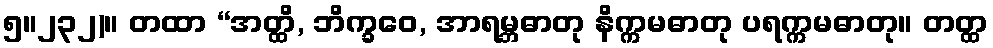
၅။၂၃၂)။ တထာ “အတ္ထိ, ဘိက္ခဝေ, အာရမ္ဘဓာတု နိက္ကမဓာတု ပရက္ကမဓာတု။ တတ္ထ